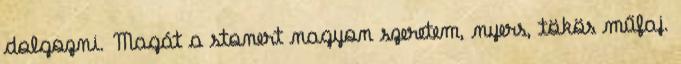
dolgozni. Magát a stonert nagyon szeretem, nyers, tökös műfaj.